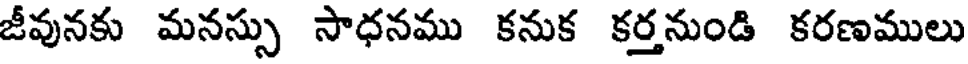
జీవునకు మనస్సు సాధనము కనుక కర్తనుండి కరణములు